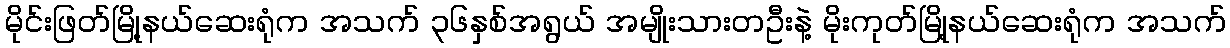
မိုင်းဖြတ်မြို့နယ်ဆေးရုံက အသက် ၃၆နှစ်အရွယ် အမျိုးသားတဦးနဲ့ မိုးကုတ်မြို့နယ်ဆေးရုံက အသက်